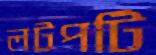
লটপটি